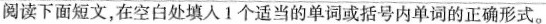
阅读下面短文,在空白处填人1个适当的单词或括号内单词的正确形式。